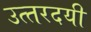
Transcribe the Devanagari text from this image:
उत्‍तरदयी